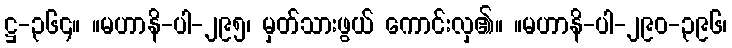
ဋ္ဌ-၃၆၄။ ။မဟာနိ-ပါ-၂၉၅၊ မှတ်သားဖွယ် ကောင်းလှ၏။ ။မဟာနိ-ပါ-၂၉၀-၃၉၆၊